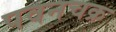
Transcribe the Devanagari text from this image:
पवनचक्र